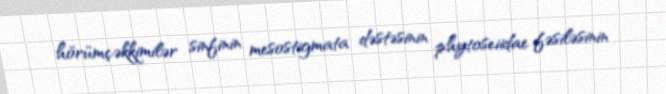
hörümçəkkimilər sinfinin mesostigmata dəstəsinin phytoseiidae fəsiləsinin